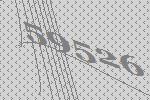
59526